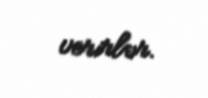
verirlər.